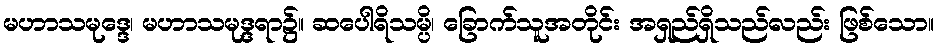
မဟာသမုဒ္ဒေ၊ မဟာသမုဒ္ဒရာ၌။ ဆပေါရိသမ္ပိ၊ ခြောက်သူအတိုင်း အရှည်ရှိသည်လည်း ဖြစ်သော။